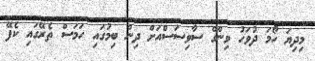
މިދިޔަ ހޯމަ ދުވަހު ވިންގް ސާވިސަސްއަށް ދިން ބިމުގައި ހަމަސް ތެރޭގައި ކެފޭ